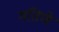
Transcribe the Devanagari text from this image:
गतिणे